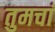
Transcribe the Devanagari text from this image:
तुमचां